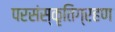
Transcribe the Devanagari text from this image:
परसंस्कृतिग्रहण